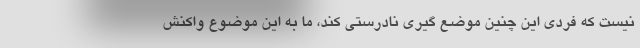
نیست که فردی این چنین موضع گیری نادرستی کند، ما به این موضوع واکنش